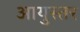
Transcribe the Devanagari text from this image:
आयुस्तर